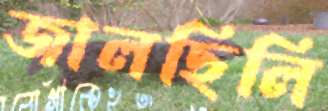
জালছিলি